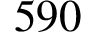
5 9 0